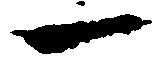
一